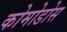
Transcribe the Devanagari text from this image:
कोमोडोस